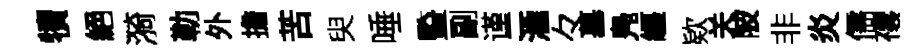
犢絕漪勒外擔苦臾唾䜿副谨滙々墓鳬纒欵关陂非炎儒禳